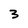
Character: 3